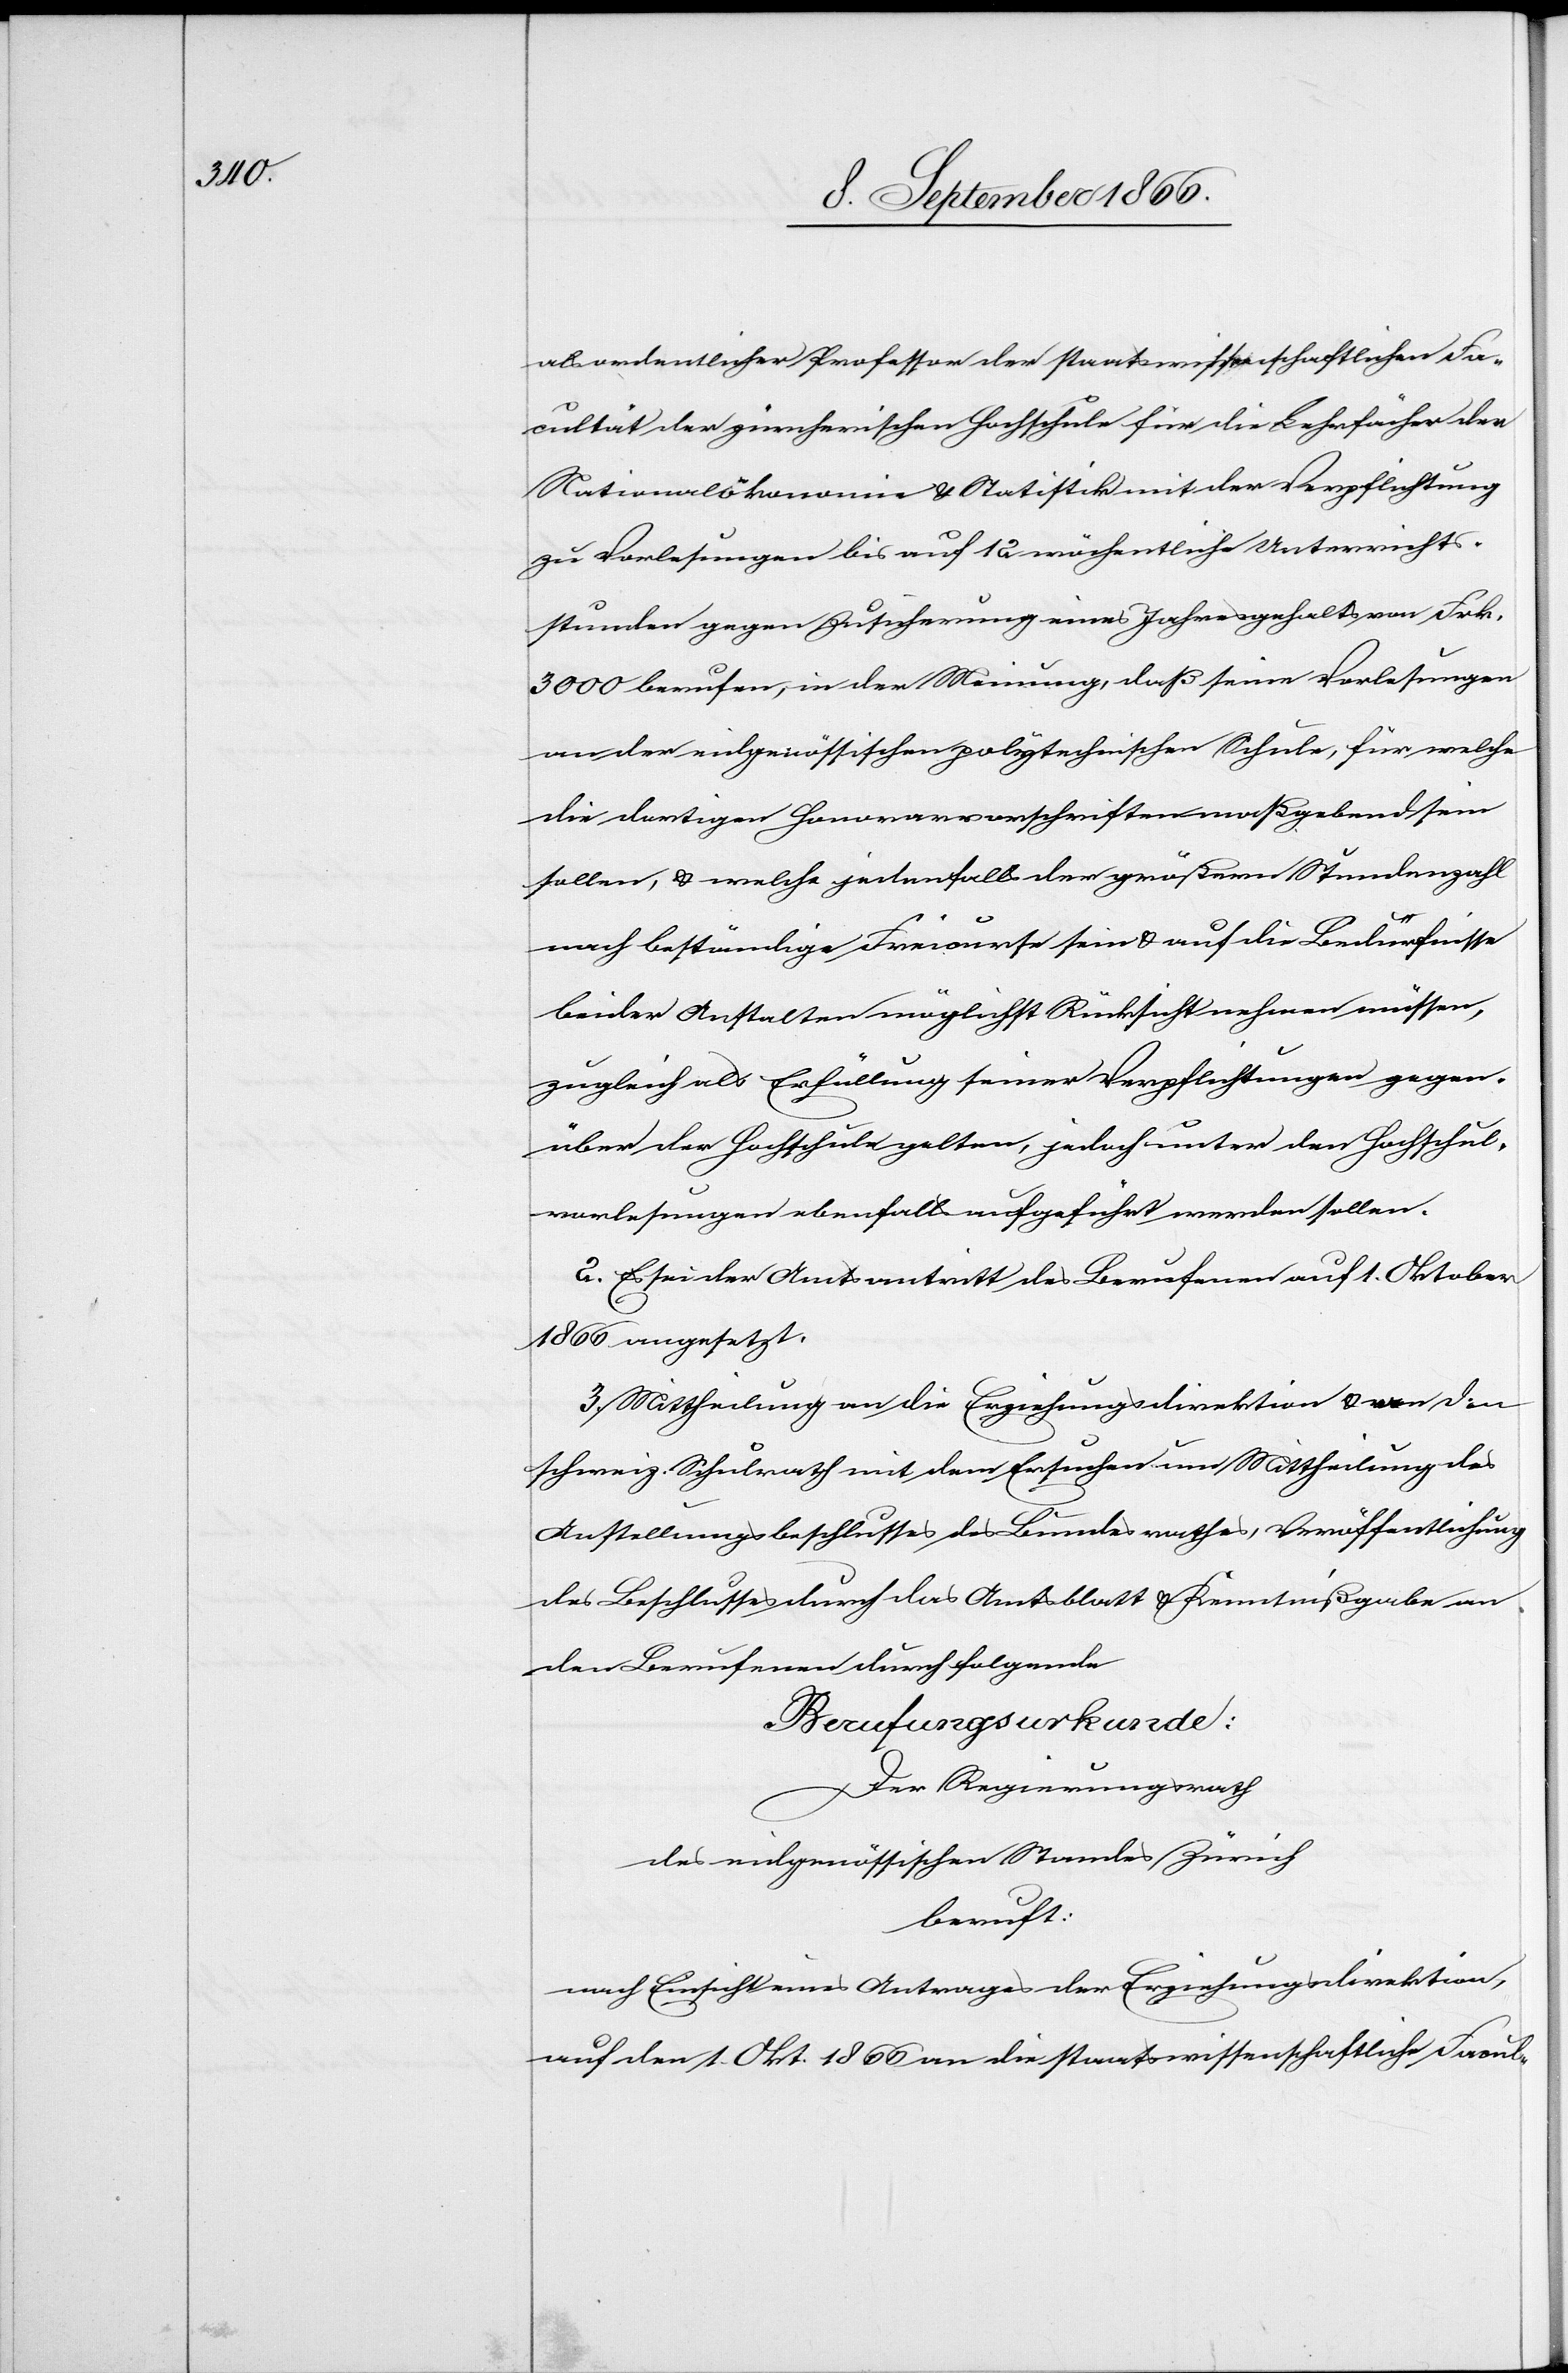
als ordentlicher Professor der staatswissenschaftlichen Fa¬
cultät der zürcherischen Hochschule für die Lehrfächer der
Nationalökonomie u. Statistik mit der Verpflichtung
zu Vorlesungen bis auf 12 wöchentliche Unterrichts¬
stunden gegen Zusicherung eines Jahresgehalts von Frk.
3000 berufen, in der Meinung, daß seine Vorlesungen
an der eidgenössischen polytechnischen Schule, für welche
die dortigen Honorarvorschriften maßgebend sein
sollen, u. welche jedenfalls der größern Stundenzahl
nach beständige Freicurse sein u. auf die Bedürfnisse
beider Anstalten möglichst Rücksicht nehmen müssen,
zugleich als Erfüllung seiner Verpflichtungen gegen¬
über der Hochschule gelten, jedoch unter den Hochschul¬
vorlesungen ebenfalls aufgeführt werden sollen.
2. Es sei der Amtseintritt des Berufenen auf 1. Oktober
1866 angesetzt.
3. Mittheilung an die Erziehungsdirektion u. an den
schweiz. Schulrath mit dem Ersuchen u, Mittheilung des
Anstellungsbeschlusses des Bundesrathes, Veröffentlichung
des Beschlusses durch das Amtsblatt u. Kenntnißgabe an
den Berufenen durch folgende
Berufungsurkunde:
Der Regierungsrath
des eidgenössischen Standes Zürich,
beruft:
nach Einsicht eines Antrages der Erziehungsdirektion,
auf den 1. Okt. 1866 an die staatswissenschaftliche Facul-